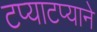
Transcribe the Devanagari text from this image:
टप्याटप्याने